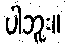
ပါဘူး။